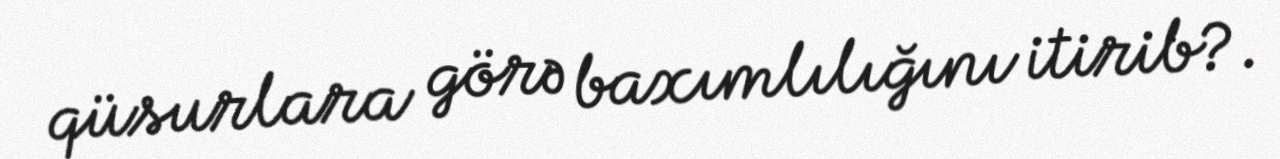
qüsurlara görə baxımlılığını itirib?.